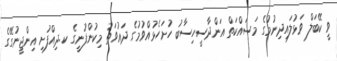
ވީ ކޭބަލް ވަޅުލައިދިނުމުގެ މަސައްކަތް އަންދާސީހިސާބު ހުށަހެޅުއްވުމުގެ ދަޢުވަތު މިކުންފުނީގެ ކ.ދިއްފުށި އިންޖީނުގޭގެ